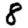
Digit: 8